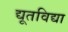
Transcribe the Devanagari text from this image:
द्यूतविद्या